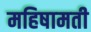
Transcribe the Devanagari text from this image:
महिषामती